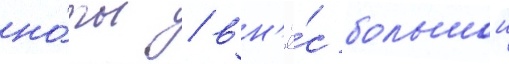
но́ты / вн'ё́с большои